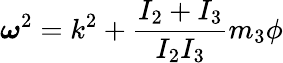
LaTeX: {\boldsymbol\omega}^{2}=k^{2}+\frac{I_{2}+I_{3}}{I_{2}I_{3}}m_{3}\phi